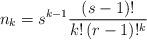
LaTeX: \begin{align*} n_k = s^{k-1} \frac{(s-1)!}{k!\, (r-1)!^k}\end{align*}